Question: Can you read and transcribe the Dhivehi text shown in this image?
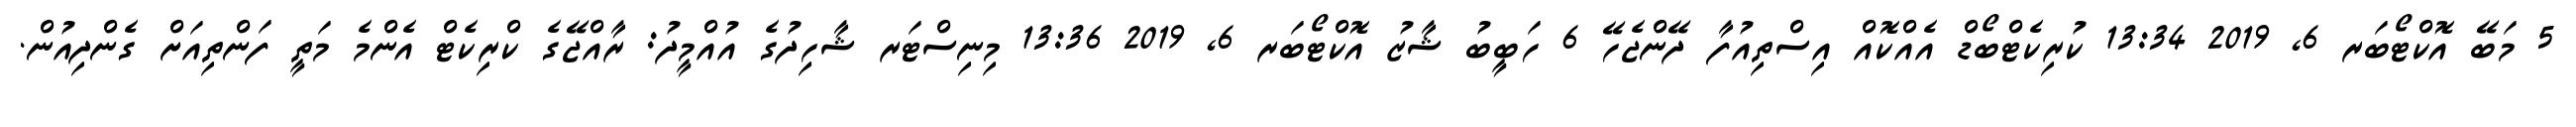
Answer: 5 މަބޭ އޮކްޓޯބަރ 6, 2019 13:34 ކުރިކެޓްބޯޑް އެއްކޮއް އިސްތިއުފާ ދޭންޖެހޭ 6 ހަބީބު ޝާޒު އޮކްޓޯބަރ 6, 2019 13:36 މިނިސްޓަރ ޝާހިދުގެ އުއްމީދު: ރާއްޖޭގެ ކްރިކެޓް އެންމެ މަތީ ފަންތިއަށް ގެންދިއުން.